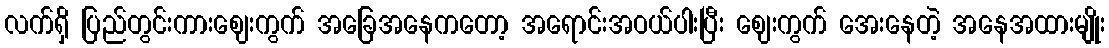
လက်ရှိ ပြည်တွင်းကားဈေးကွက် အခြေအနေကတော့ အရောင်းအဝယ်ပါးပြီး ဈေးကွက် အေးနေတဲ့ အနေအထားမျိုး